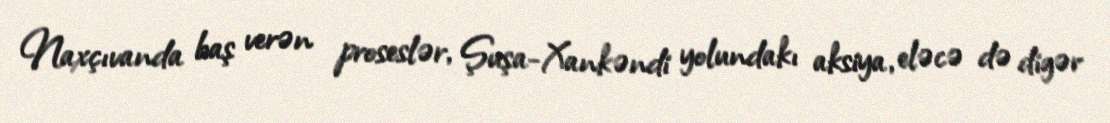
Naxçıvanda baş verən proseslər, Şuşa-Xankəndi yolundakı aksiya, eləcə də digər